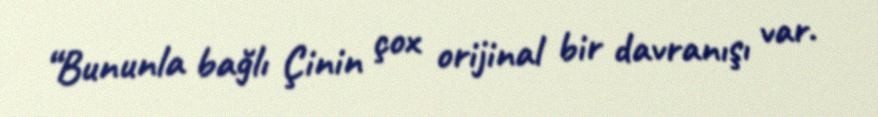
“Bununla bağlı Çinin çox orijinal bir davranışı var.